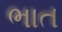
ભાત